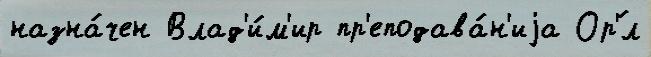
назна́чен Влад'и́м'ир пр'еподава́н'иjа Ор'́л